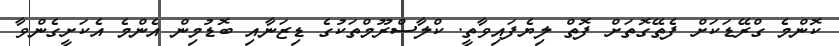
ކޮންމެ ގްރޭޑަކަށް ފެތޭގޮތަށް ފޮތް ލިޔެފައިވާތީ. ކްލާސްރޫމްތަކުގެ ޑިޒަނާއި ބޮޑުމިން އެންމެ އެކަށީގެންވާ